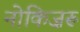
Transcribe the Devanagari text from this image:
नोकिज़रू